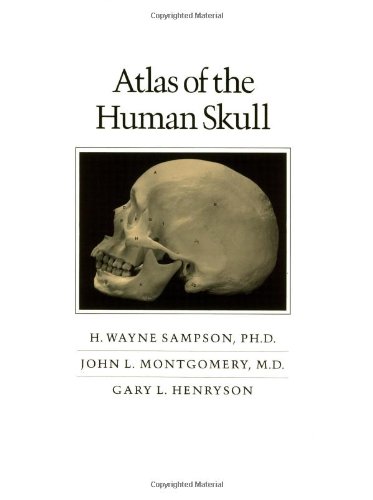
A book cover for Atlas of the Human Skull; H. Wayne Sampson; Medical Books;